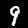
Digit: 9